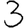
Digit: 3